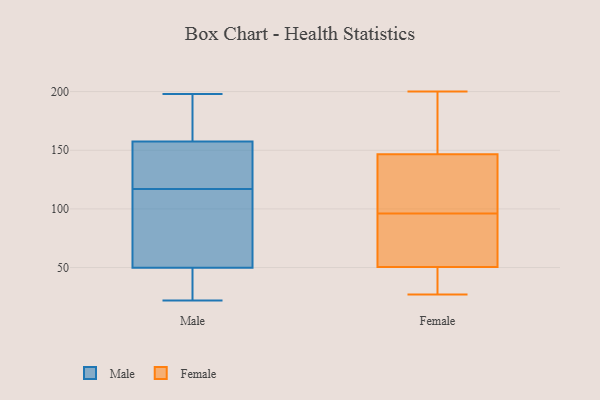
{"axis": {"x": "Shipments", "y": "Value"}, "legend": ["Female", "Male"], "data": [{"x": "", "y": 46, "type": "Male"}, {"x": "", "y": 176, "type": "Male"}, {"x": "", "y": 22, "type": "Male"}, {"x": "", "y": 111, "type": "Male"}, {"x": "", "y": 38, "type": "Male"}, {"x": "", "y": 117, "type": "Male"}, {"x": "", "y": 158, "type": "Male"}, {"x": "", "y": 198, "type": "Male"}, {"x": "", "y": 61, "type": "Male"}, {"x": "", "y": 121, "type": "Male"}, {"x": "", "y": 156, "type": "Male"}, {"x": "", "y": 32, "type": "Female"}, {"x": "", "y": 105, "type": "Female"}, {"x": "", "y": 115, "type": "Female"}, {"x": "", "y": 96, "type": "Female"}, {"x": "", "y": 199, "type": "Female"}, {"x": "", "y": 200, "type": "Female"}, {"x": "", "y": 96, "type": "Female"}, {"x": "", "y": 80, "type": "Female"}, {"x": "", "y": 58, "type": "Female"}, {"x": "", "y": 112, "type": "Female"}, {"x": "", "y": 49, "type": "Female"}, {"x": "", "y": 52, "type": "Female"}, {"x": "", "y": 77, "type": "Female"}, {"x": "", "y": 200, "type": "Female"}, {"x": "", "y": 153, "type": "Female"}, {"x": "", "y": 148, "type": "Female"}, {"x": "", "y": 27, "type": "Female"}, {"x": "", "y": 145, "type": "Female"}, {"x": "", "y": 31, "type": "Female"}, {"x": "", "y": 37, "type": "Female"}]}